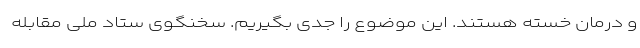
و درمان خسته هستند. این موضوع را جدی بگیریم. سخنگوی ستاد ملی مقابله